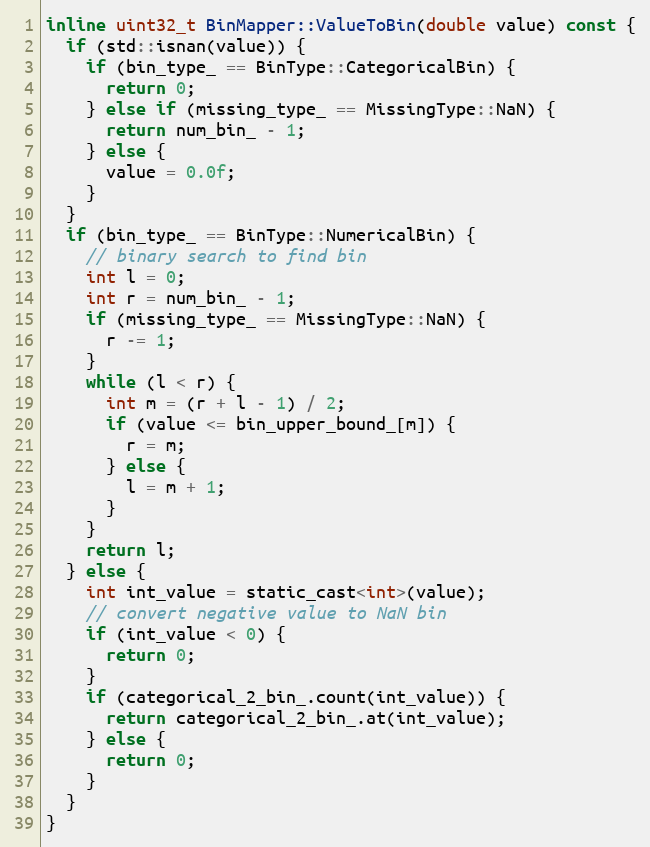
Language: C
inline uint32_t BinMapper::ValueToBin(double value) const {
  if (std::isnan(value)) {
    if (bin_type_ == BinType::CategoricalBin) {
      return 0;
    } else if (missing_type_ == MissingType::NaN) {
      return num_bin_ - 1;
    } else {
      value = 0.0f;
    }
  }
  if (bin_type_ == BinType::NumericalBin) {
    // binary search to find bin
    int l = 0;
    int r = num_bin_ - 1;
    if (missing_type_ == MissingType::NaN) {
      r -= 1;
    }
    while (l < r) {
      int m = (r + l - 1) / 2;
      if (value <= bin_upper_bound_[m]) {
        r = m;
      } else {
        l = m + 1;
      }
    }
    return l;
  } else {
    int int_value = static_cast<int>(value);
    // convert negative value to NaN bin
    if (int_value < 0) {
      return 0;
    }
    if (categorical_2_bin_.count(int_value)) {
      return categorical_2_bin_.at(int_value);
    } else {
      return 0;
    }
  }
}